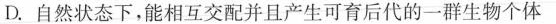
D.自然状态下，能相互交配并且产生可育后代的一群生物个体